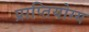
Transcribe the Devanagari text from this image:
प्राप्तियोग्य